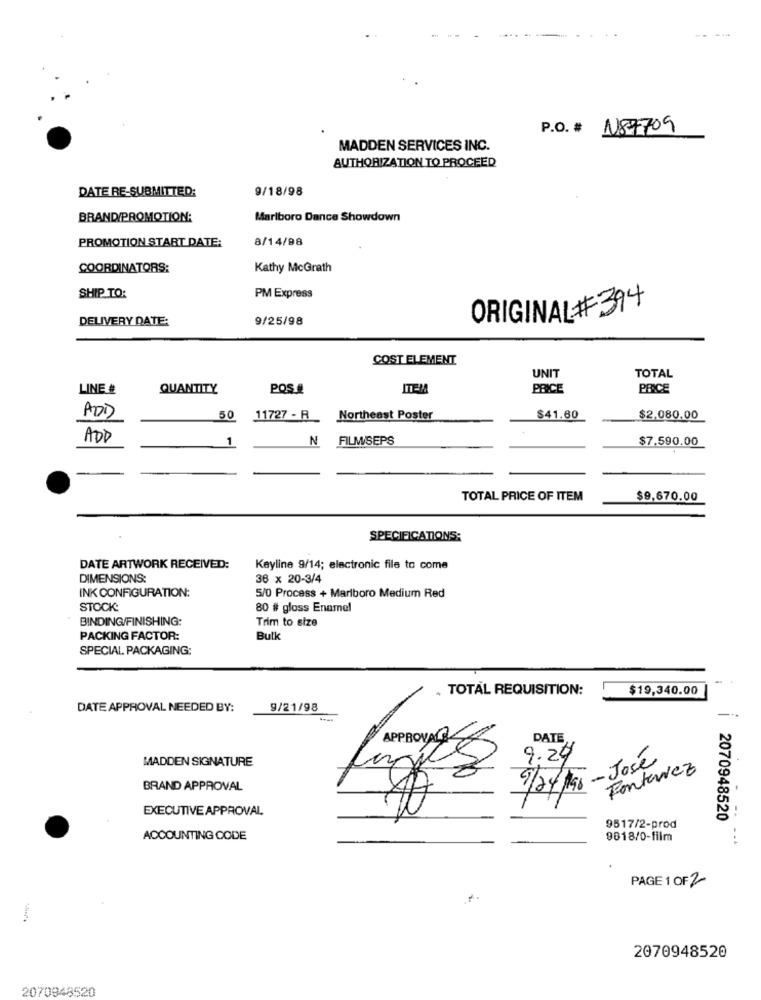
P.O. # 187709
MADDEN SERVICES INC.
AUTHORIZATION TO PROCEED
DATE RE-SUBMITTED:
9/18/98
BRAND PROMOTION:
Marlboro Dance Showdown
8/14/98
PROMOTION START DATE:
COORDINATORS:
Kathy McGrath
SHIP TO:
PM Express
ORIGINAL#394
DELIVERY DATE:
9/25/98
COST ELEMENT
UNIT
TOTAL
LINE #
QUANTITY
POS.#
ITEM
PRICE
PRICE
ADD
50
11727 - R_ Northeast Poster
$41.60
$2,080,00
ADD
N
FILM/SEPS
$7.590.00
TOTAL PRICE OF ITEM
$9,670.00
SPECIFICATIONS:
DATE ARTWORK RECEIVED:
Keyline 9/14; electronic file to come
DIMENSIONS:
36 x 20-3/4
INK CONFIGURATION:
5/0 Process + Marlboro Medium Red
STOCK:
80 # gloss Enamel
BINDING/FINISHING:
Trim to size
PACKING FACTOR:
Bulk
SPECIAL PACKAGING:
TOTAL REQUISITION:
$19,340.00
DATE APPROVAL NEEDED BY:
9/21/98
DATE
MADDEN SIGNATURE
9.24
9/2/196-José
Fonteaviez
BRAND APPROVAL
EXECUTIVE APPROVAL
2070948520
9517/2-prod
ACCOUNTING CODE
9618/0-film
...
PAGE 1 OF2
2070948520
2070948520